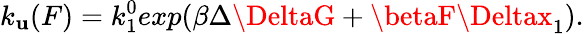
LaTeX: k_{\mathbf{u}}(F)=k_{1}^{0}exp(\beta\Delta\DeltaG+\betaF\Deltax_{1}).